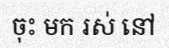
ចុះ មក រស់ នៅ